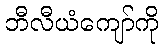
ဘီလီယံကျော်ကို